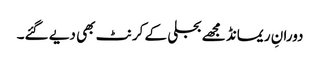
دورانِ ریمانڈ مجھے بجلی کے کرنٹ بھی دیے گئے۔